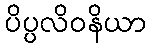
ပိပ္ပလိဝနိယာ